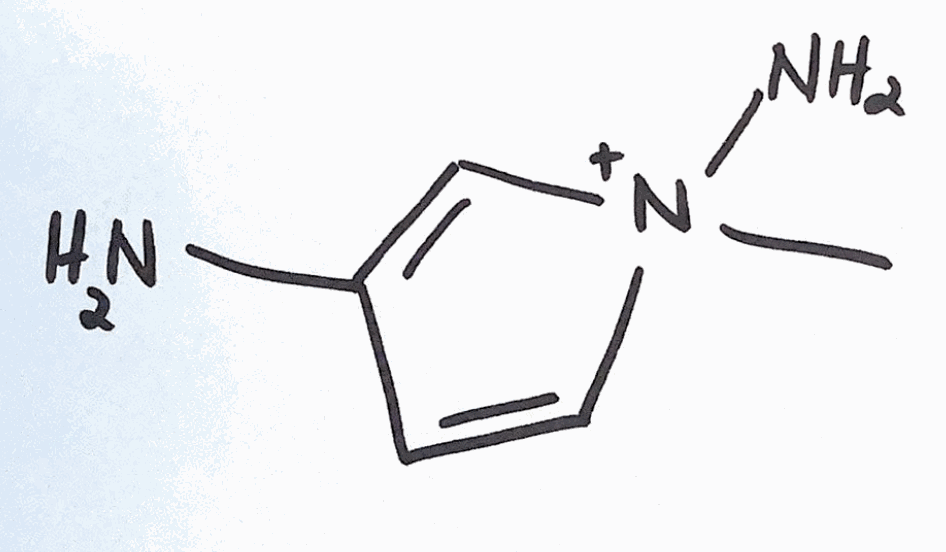
Simplified molecular-input line-entry system (SMILES) notation of the given molecule:
C[N+]1(C=CC(=C1)N)N